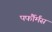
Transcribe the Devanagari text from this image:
पर्फौर्मंस